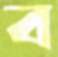
ব